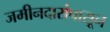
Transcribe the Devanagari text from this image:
जमीनदारांपासून